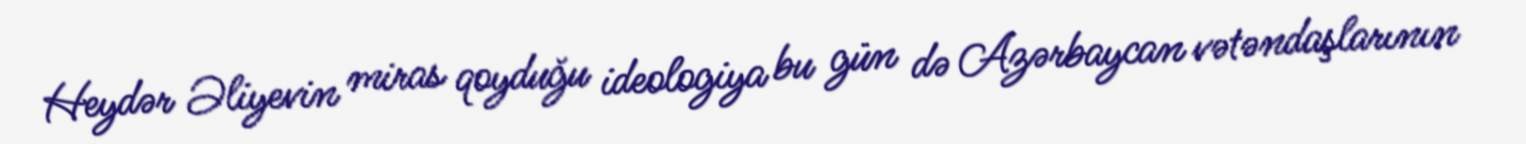
Heydər Əliyevin miras qoyduğu ideologiya bu gün də Azərbaycan vətəndaşlarının